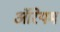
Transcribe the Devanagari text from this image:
ऑरेयम